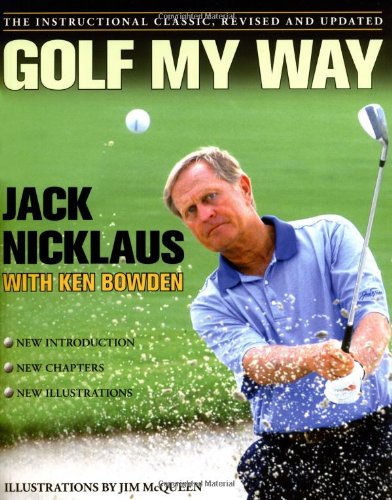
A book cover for Golf My Way: The Instructional Classic, Revised and Updated; Jack Nicklaus; Reference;